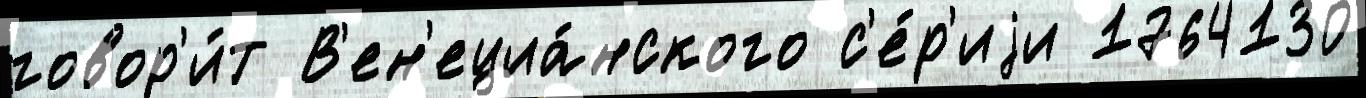
говор'и́т В'ен'ециа́нского с'е́р'иjи 1764130